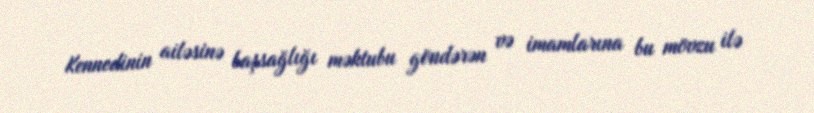
Kennedinin ailəsinə başsağlığı məktubu göndərən və imamlarına bu mövzu ilə